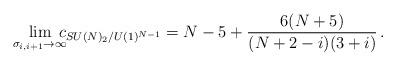
LaTeX: \begin{align*}\lim\limits_{\sigma _{i,i+1}\rightarrow \infty}\!\!\!\!c_{SU(N)_{2}/U(1)^{N-1}}=N-5+\frac{6(N+5)}{(N+2-i)(3+i)}\,.\end{align*}